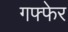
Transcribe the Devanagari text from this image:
गफ्फेर